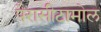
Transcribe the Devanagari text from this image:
पैरासीटामोल